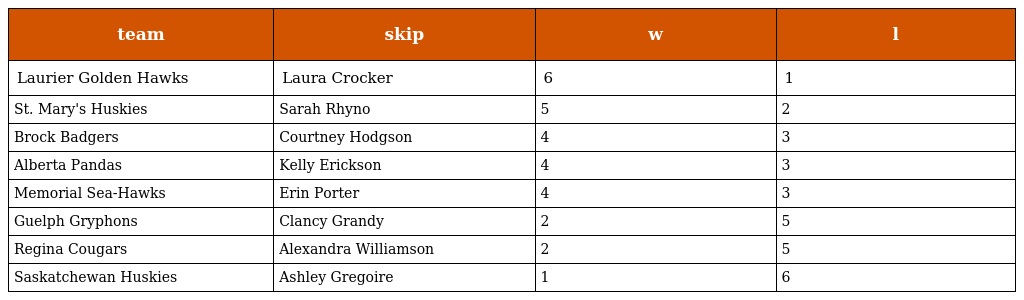
| team | skip | w | l |
 | --- | --- | --- | --- |
 | Laurier Golden Hawks | Laura Crocker | 6 | 1 |
 | St. Mary's Huskies | Sarah Rhyno | 5 | 2 |
 | Brock Badgers | Courtney Hodgson | 4 | 3 |
 | Alberta Pandas | Kelly Erickson | 4 | 3 |
 | Memorial Sea-Hawks | Erin Porter | 4 | 3 |
 | Guelph Gryphons | Clancy Grandy | 2 | 5 |
 | Regina Cougars | Alexandra Williamson | 2 | 5 |
 | Saskatchewan Huskies | Ashley Gregoire | 1 | 6 |